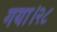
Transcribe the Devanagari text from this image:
गया।२८